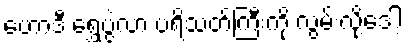
ဟောဒီ ရွှေပွဲလာ ပရိသတ်ကြီးကို လွမ်းလို့ဒေါ့